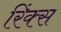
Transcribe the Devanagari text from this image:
रिंक्स